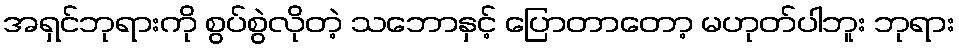
အရှင်ဘုရားကို စွပ်စွဲလိုတဲ့ သဘောနှင့် ပြောတာတော့ မဟုတ်ပါဘူး ဘုရား